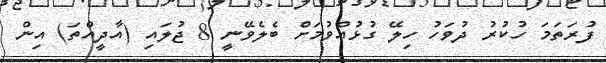
ފުރަތަމަ ހުކުރު ދުވަހު ހިލޭ ގުޅުއްވުމަށް ބެލެވޭނީ 8 ޖުލައި (އާދީއްތަ) އިން